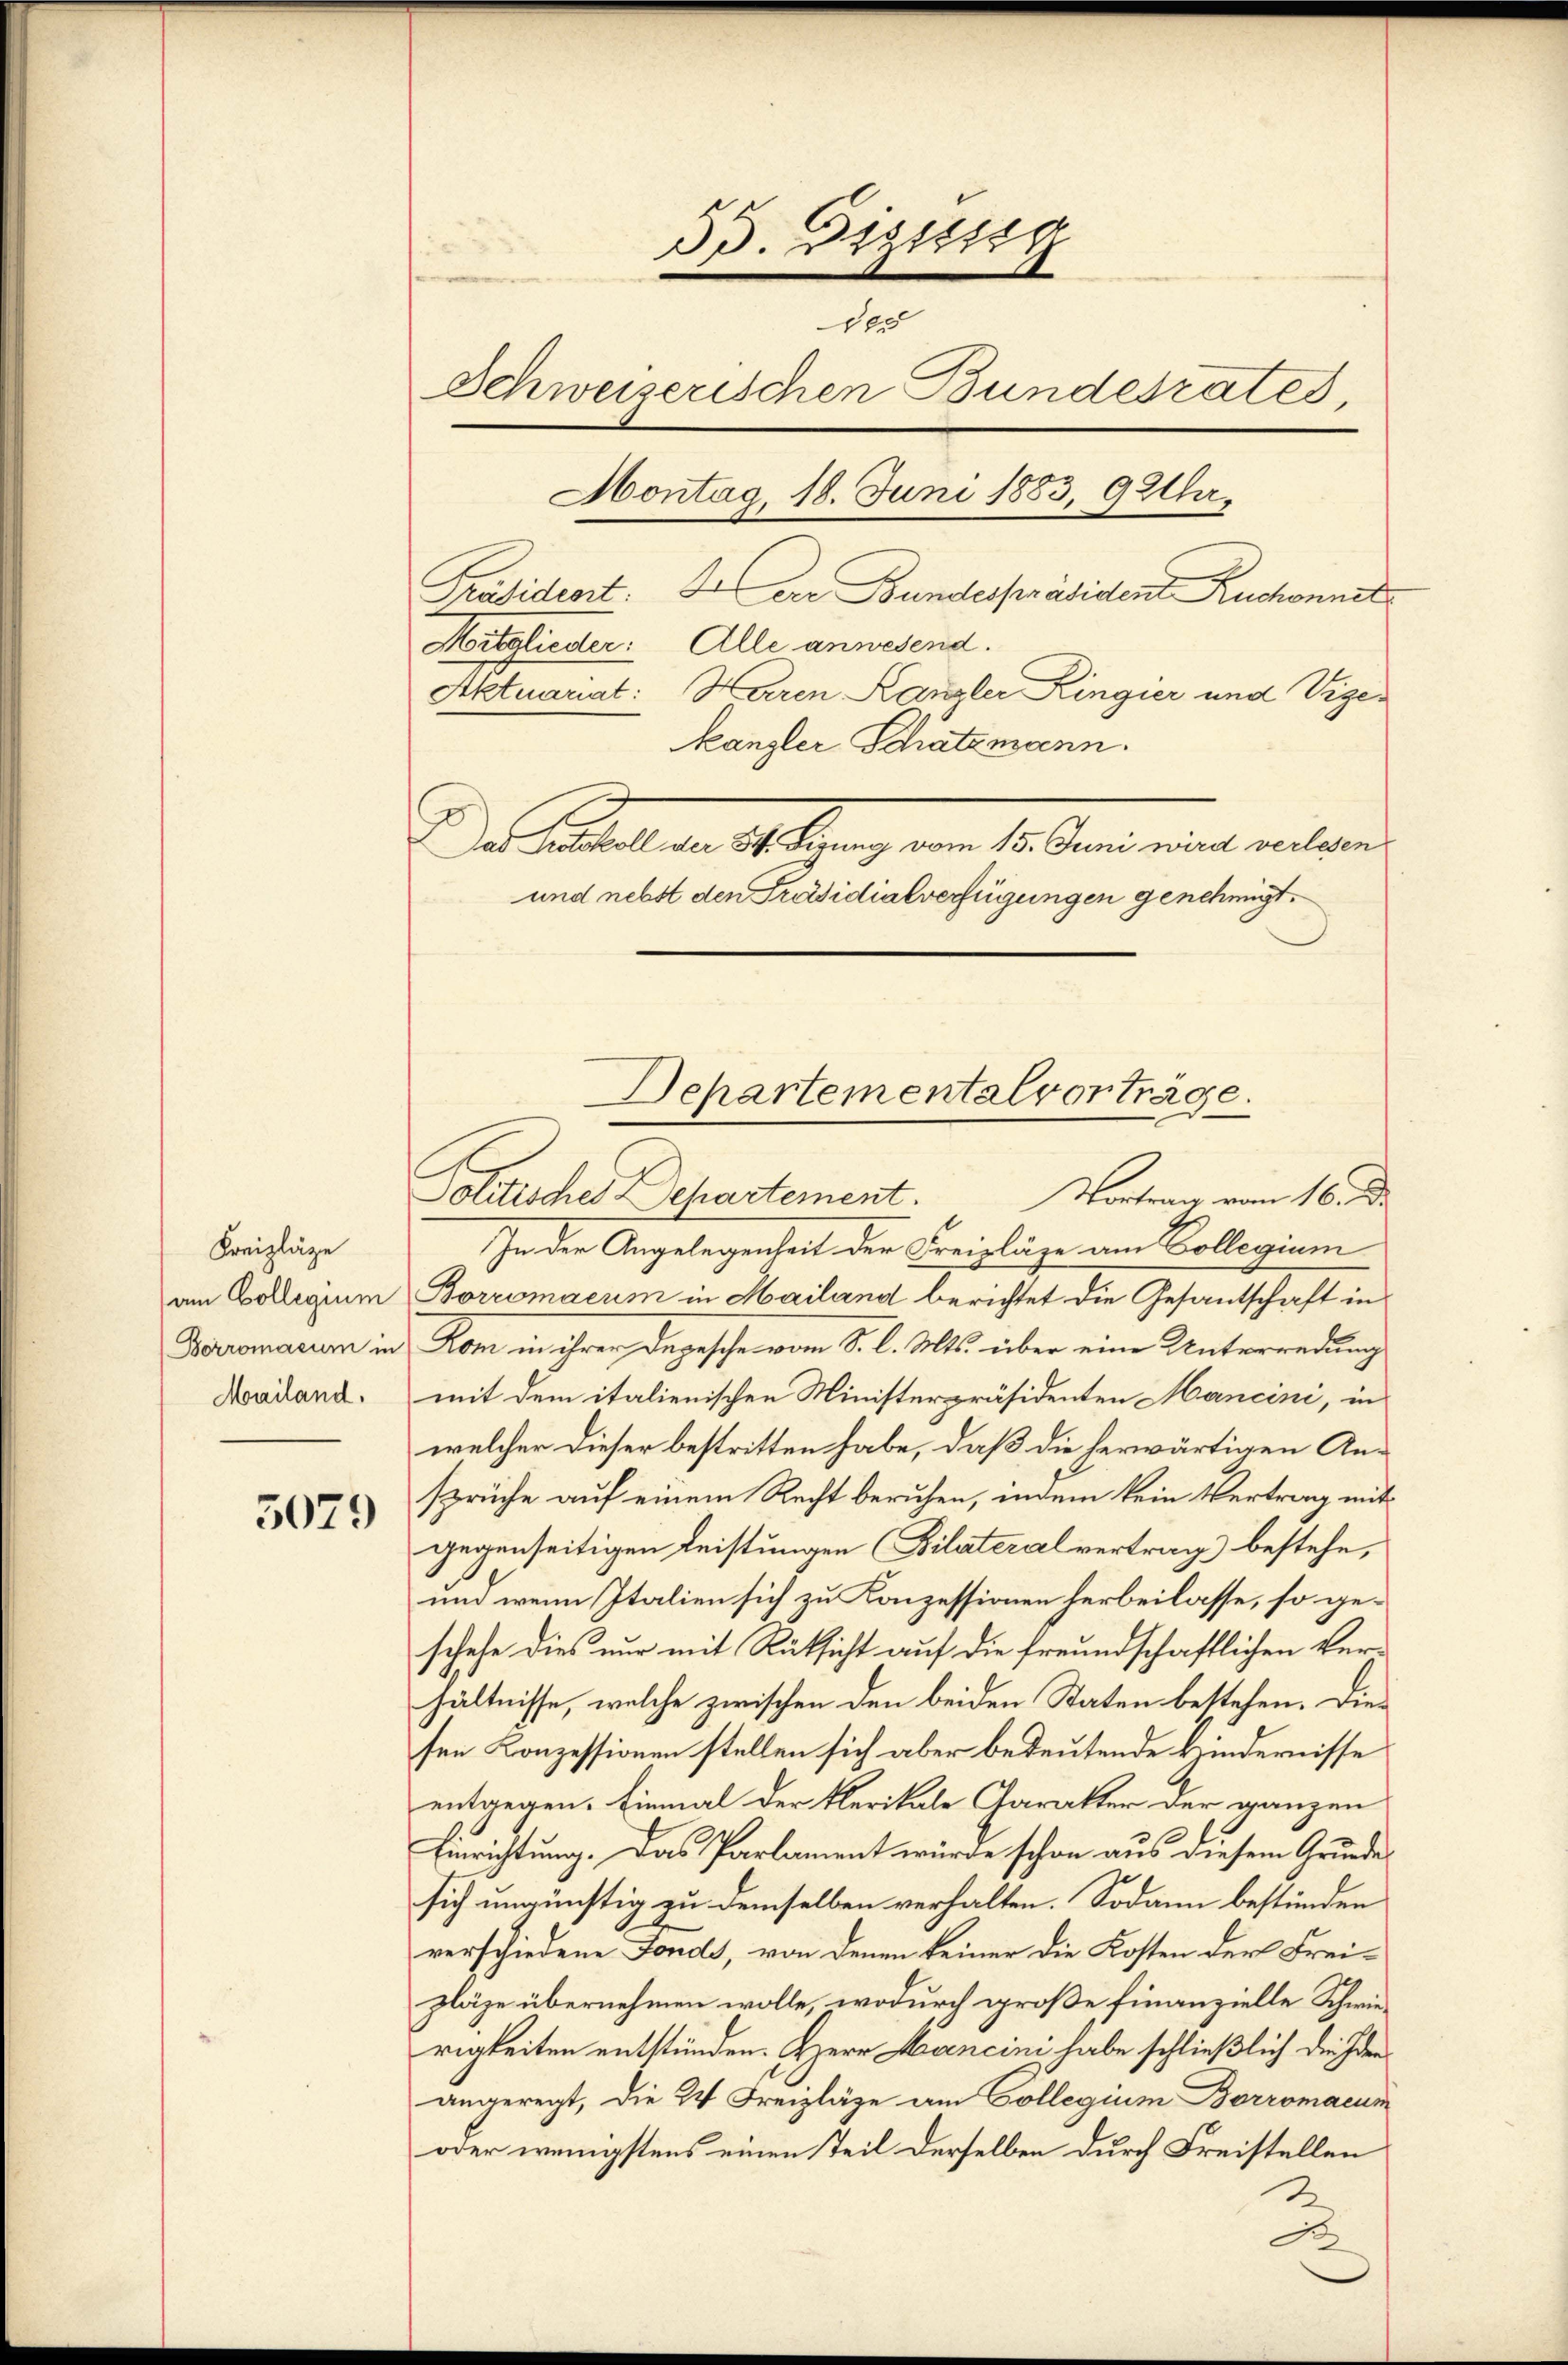
Kreizläze
Mailand.

5079

33. Distrig
100
Schweiserischen Bundesrates
Hontag, 18. Juni 1883, 9 Uhr.
Präsident. Herr Bundespräsident Ruchonnet
Mitgliester: Alle anwesend.
Aktuariat: Haren Kanzler Kingier und Vigekanzler Schatzmann.
Da aber den ist lang am 14. Ferne einen ein wer
und nebst den Präsidialverfügungen genehmigt.

In der Angelegenheit der Freizläge am Collegium
am Collegium Borromacum in Hailand berichtet die Gesantschaft in
Boromarum in Rom in ihrer Depesche vom S. l. Mts. über eine Unterredung
mit dem italienischen Ministerpräsidenten Mancini, in
welcher dieser bestritten habe, daß die herwärtigen Ansprüche auf einem Recht beruhen, indem kein Vertrag mitgegenseitigen Leistungen (Bilateralvertrag bestehe,
und wenn Italien sich zu Konzessionen herbeilasse, so geschehe dies nur mit Rücksicht auf die freundschaftlichen Ver-
hältnisse, welche zwischen den beiden Staten bestehen. Diesen Konzessionen stellen sich aber bedeutende Kindernisse
entgegen. Einmal der Klerikale Charakter der ganzen
Einrichtung. Das Parlament wurde schon aus diesem Grunde
sich ungünstig zu demselben verhalten. Sodann bestünden
verschiedene Fonds, von denen keiner die Kosten der Freizläge übernehmen wolle, wodurch große Finanzielle Schwierigkeiten entstünden. Herr Mancini habe schließlich die Iden
angeregt, die 2 Freizläge am Collegium Borromacun
oder wenigstens einen Teil derselben durch Freistellen
2

Departementalvorträge.
Politisches Departement.
Vortrag vom 16. d.